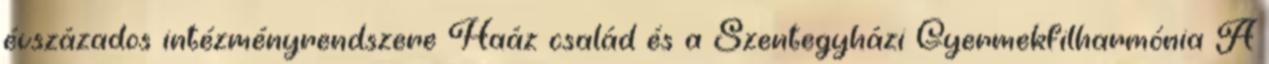
évszázados intézményrendszere Haáz család és a Szentegyházi Gyermekfilharmónia A